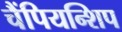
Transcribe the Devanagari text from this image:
चैंपियन्शिप